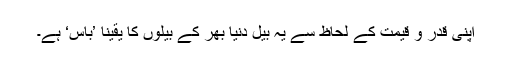
اپنی قدر و قیمت کے لحاظ سے یہ بیل دنیا بھر کے بیلوں کا یقیناً ’باس‘ ہے۔